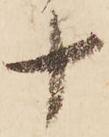
十